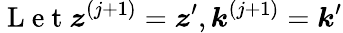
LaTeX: \mathrm{~L~e~t~}\boldsymbol{z}^{(j+1)}=\boldsymbol{z}^{\prime},\boldsymbol{k}^{(j+1)}=\boldsymbol{k}^{\prime}